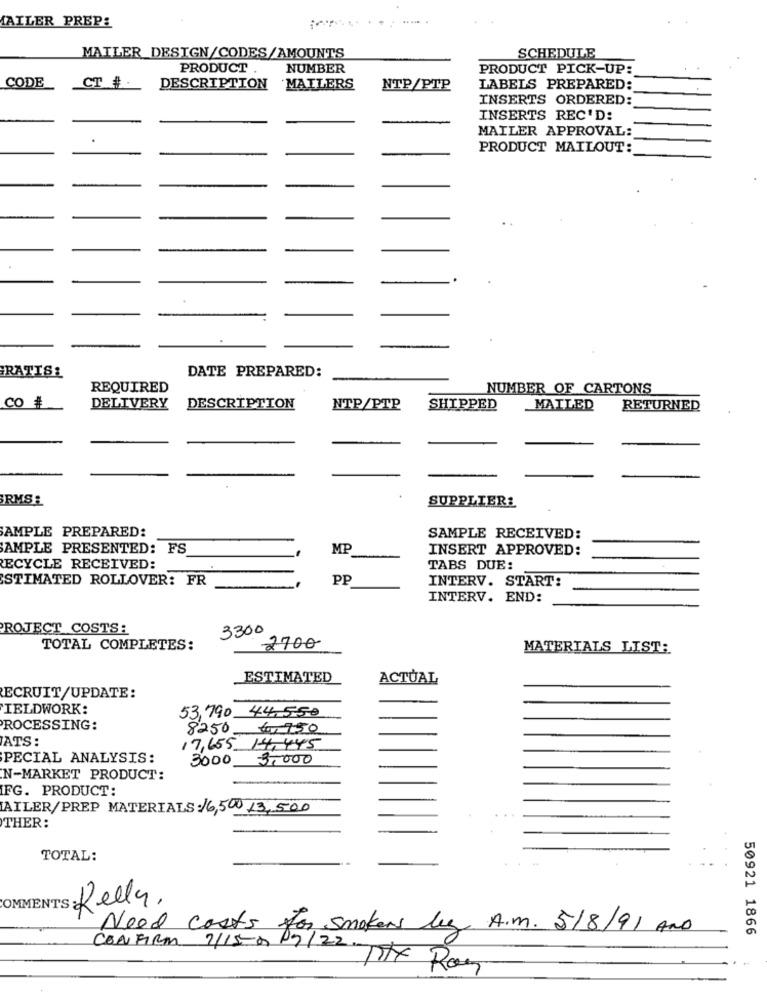
AILER PREP:
MAILER_DESIGN/CODES/AMOUNTS
SCHEDULE
PRODUCT
NUMBER
PRODUCT PICK-UP:
CODE
CT #.
DESCRIPTION MAILERS
NTP/PTP
LABELS PREPARED:
INSERTS ORDERED:
INSERTS REC'D:
MAILER APPROVAL:
PRODUCT MAILOUT:
GRATIS!
DATE PREPARED:
REQUIRED
NUMBER OF CARTONS
CO #
DELIVERY
DESCRIPTION
NTP/PTP
SHIPPED
MAILED
RETURNED
RMS:
SUPPLIERS
SAMPLE PREPARED:
SAMPLE RECEIVED:
SAMPLE PRESENTED: FS
MP
INSERT APPROVED:
ECYCLE RECEIVED:
TABS DUE:
ESTIMATED ROLLOVER: FR
PP
INTERV. START:
INTERV. END:
PROJECT COSTS:
3300
TOTAL COMPLETES:
2700
MATERIALS LIST:
ESTIMATED
ACTUAL
ECRUIT/UPDATE:
IELDWORK:
53,790 44.550
PROCESSING:
8250 6,750
ATS:
17,655 14, 445
PECIAL ANALYSIS:
3000
3,000
N-MARKET PRODUCT:
FG. PRODUCT:
AILER/PREP MATERIALS:16,500 13,500
THER:
TOTAL:
COMMENTS: Kelly.
Need costs for smokers leg A.m. 5/8/91 AND
50921 1866
CONFIRM 2/15-0
THE Roy